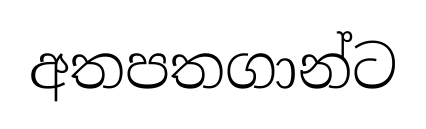
අතපතගාන්ට